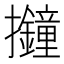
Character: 𢺚